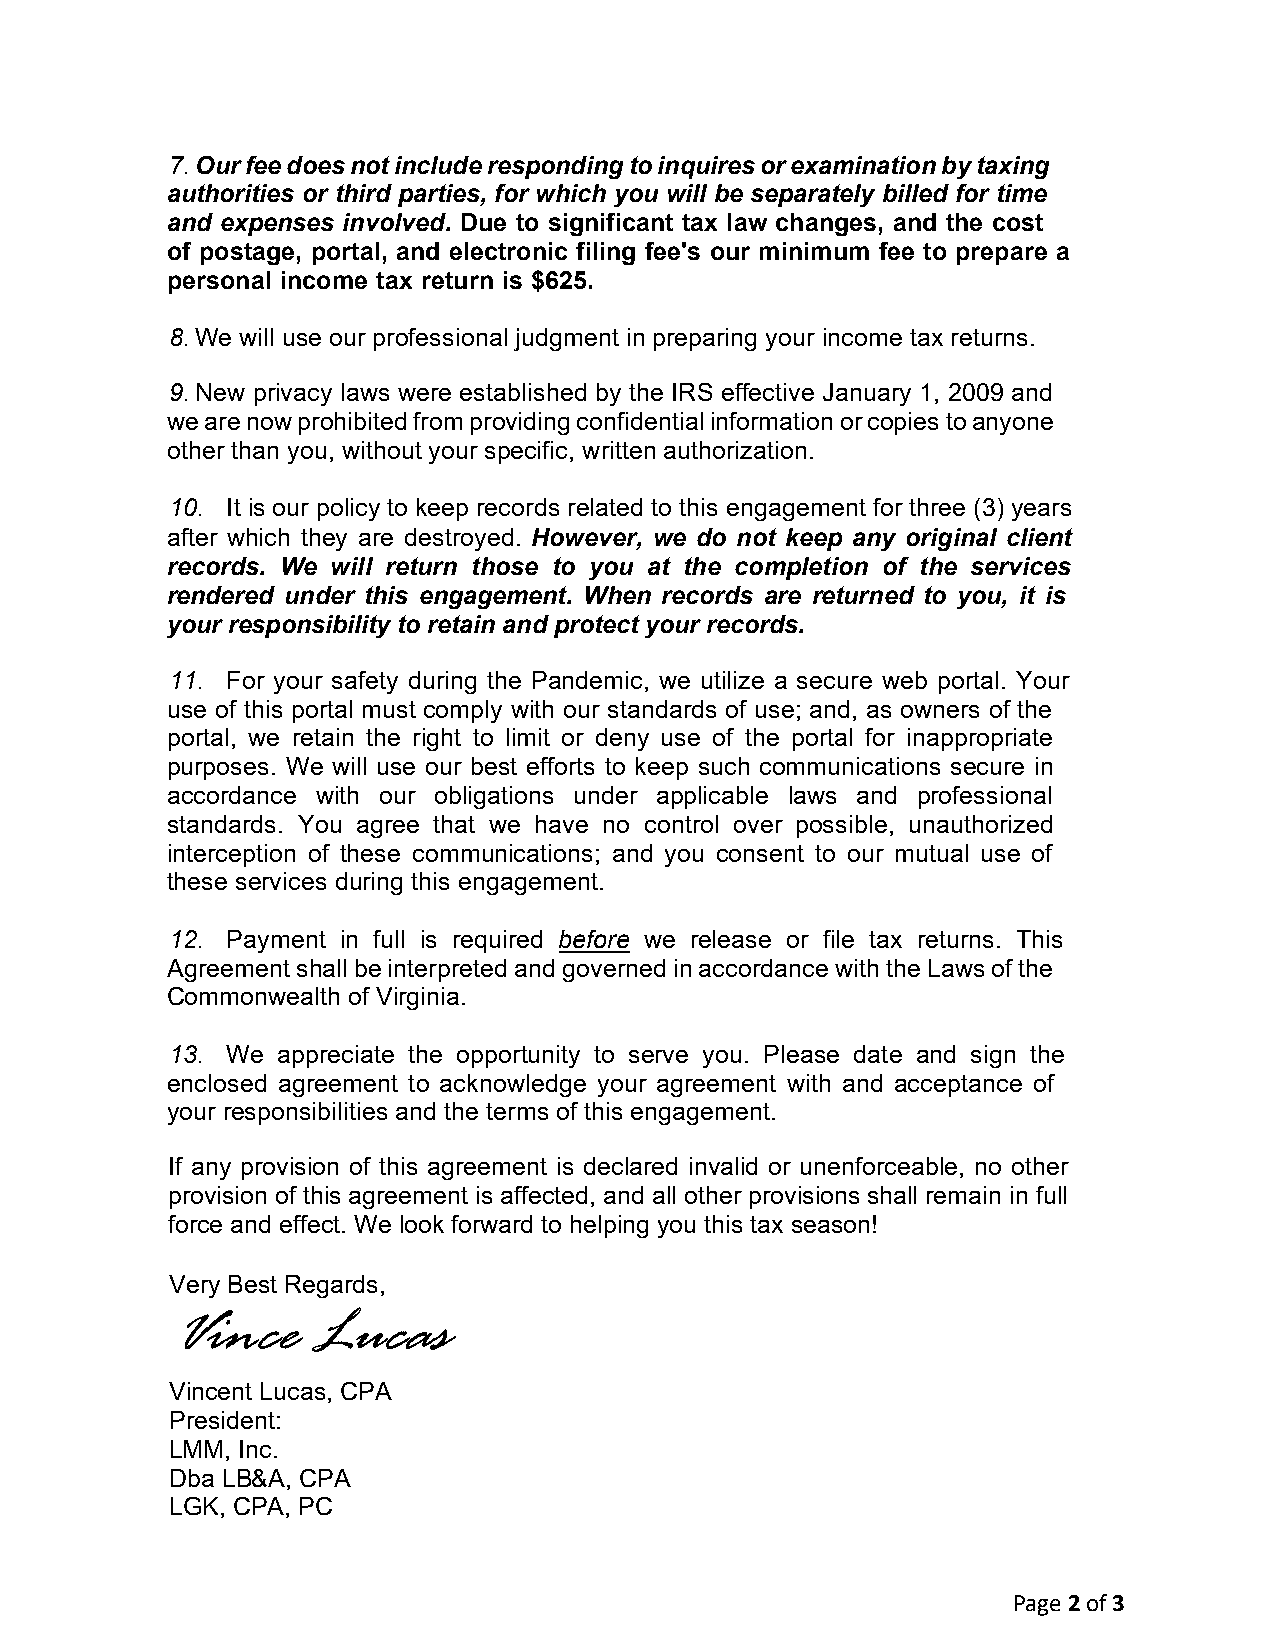
7.Our fee does not include responding to inquires or examination by taxing
 authorities or third parties, for which you will be separately billed for time
 and expenses involved. Due to significant tax law changes, and the cost
 of postage, portal, and electronic filing fee's our minimum fee to prepare a
 personal income tax return is $625.
 8.We will use our professional judgment in preparing your income tax returns.
 9.New privacy laws were established by the IRS effective January 1, 2009 and
 we are now prohibited from providing confidential information or copies to anyone
 other than you, without your specific, written authorization.
 10. It is our policy to keep records related to this engagement for three (3) years
 after which they are destroyed. However, we do not keep any original client
 records. We will return those to you at the completion of the services
 rendered under this engagement. When records are returned to you, it is
 your responsibility to retain and protect your records.
 11. For your safety during the Pandemic, we utilize a secure web portal. Your
 use of this portal must comply with our standards of use; and, as owners of the
 portal, we retain the right to limit or deny use of the portal for inappropriate
 purposes. We will use our best efforts to keep such communications secure in
 accordance with our obligations under applicable laws and professional
 standards. You agree that we have no control over possible, unauthorized
 interception of these communications; and you consent to our mutual use of
 these services during this engagement.
 12. Payment in full is required before we release or file tax returns. This
 Agreement shall be interpreted and governed in accordance with the Laws of the
 Commonwealth of Virginia.
 13. We appreciate the opportunity to serve you. Please date and sign the
 enclosed agreement to acknowledge your agreement with and acceptance of
 your responsibilities and the terms of this engagement.
 If any provision of this agreement is declared invalid or unenforceable, no other
 provision of this agreement is affected, and all other provisions shall remain in full
 force and effect. We look forward to helping you this tax season!
 Very Best Regards,
 Vince    Lucas
 Vincent Lucas, CPA
 President:
 LMM, Inc.
 Dba LB&A, CPA
 LGK, CPA, PC
 Page 2 of 3